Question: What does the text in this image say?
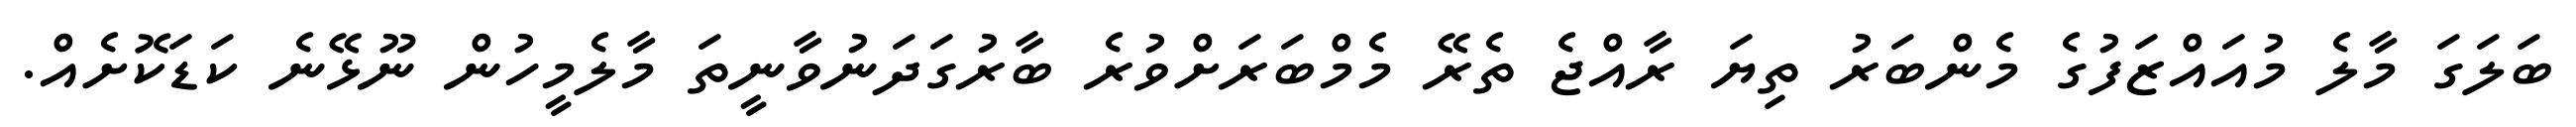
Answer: ބަލަގަ މާލެ މުއައްޒަފުގެ މެންބަރު ތިޔަ ރާއްޖެ ތެރޭ މެމްބަރަށްވުރެ ބާރުގަދަނުވާނީތަ މާލެމީހުން ނޫޅޭނެ ކަޑަކޮށެއް.